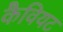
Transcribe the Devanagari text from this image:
कैवियट